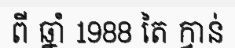
ពី ឆ្នាំ 1988 តៃ ក្វាន់